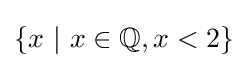
\{x\ |\ x\in \mathbb {Q} ,x<2\}